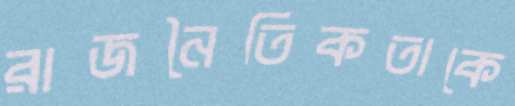
রাজনৈতিকতাকে